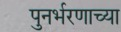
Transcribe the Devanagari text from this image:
पुनर्भरणाच्या